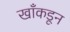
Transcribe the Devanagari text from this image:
खाँकडून